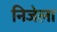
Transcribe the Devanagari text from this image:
निजेला